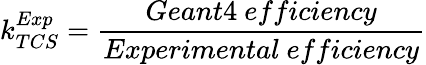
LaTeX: k_{TCS}^{Exp}=\frac{Geant4~efficiency}{Experimental~efficiency}